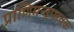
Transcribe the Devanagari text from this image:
प्राणिमन्दप्लवक